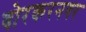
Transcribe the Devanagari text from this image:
बोरकरनगर